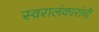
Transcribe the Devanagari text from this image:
स्वरालंकारांची